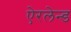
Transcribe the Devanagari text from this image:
ऐरलेन्ड